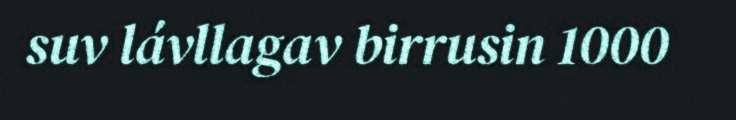
suv lávllagav birrusin 1000